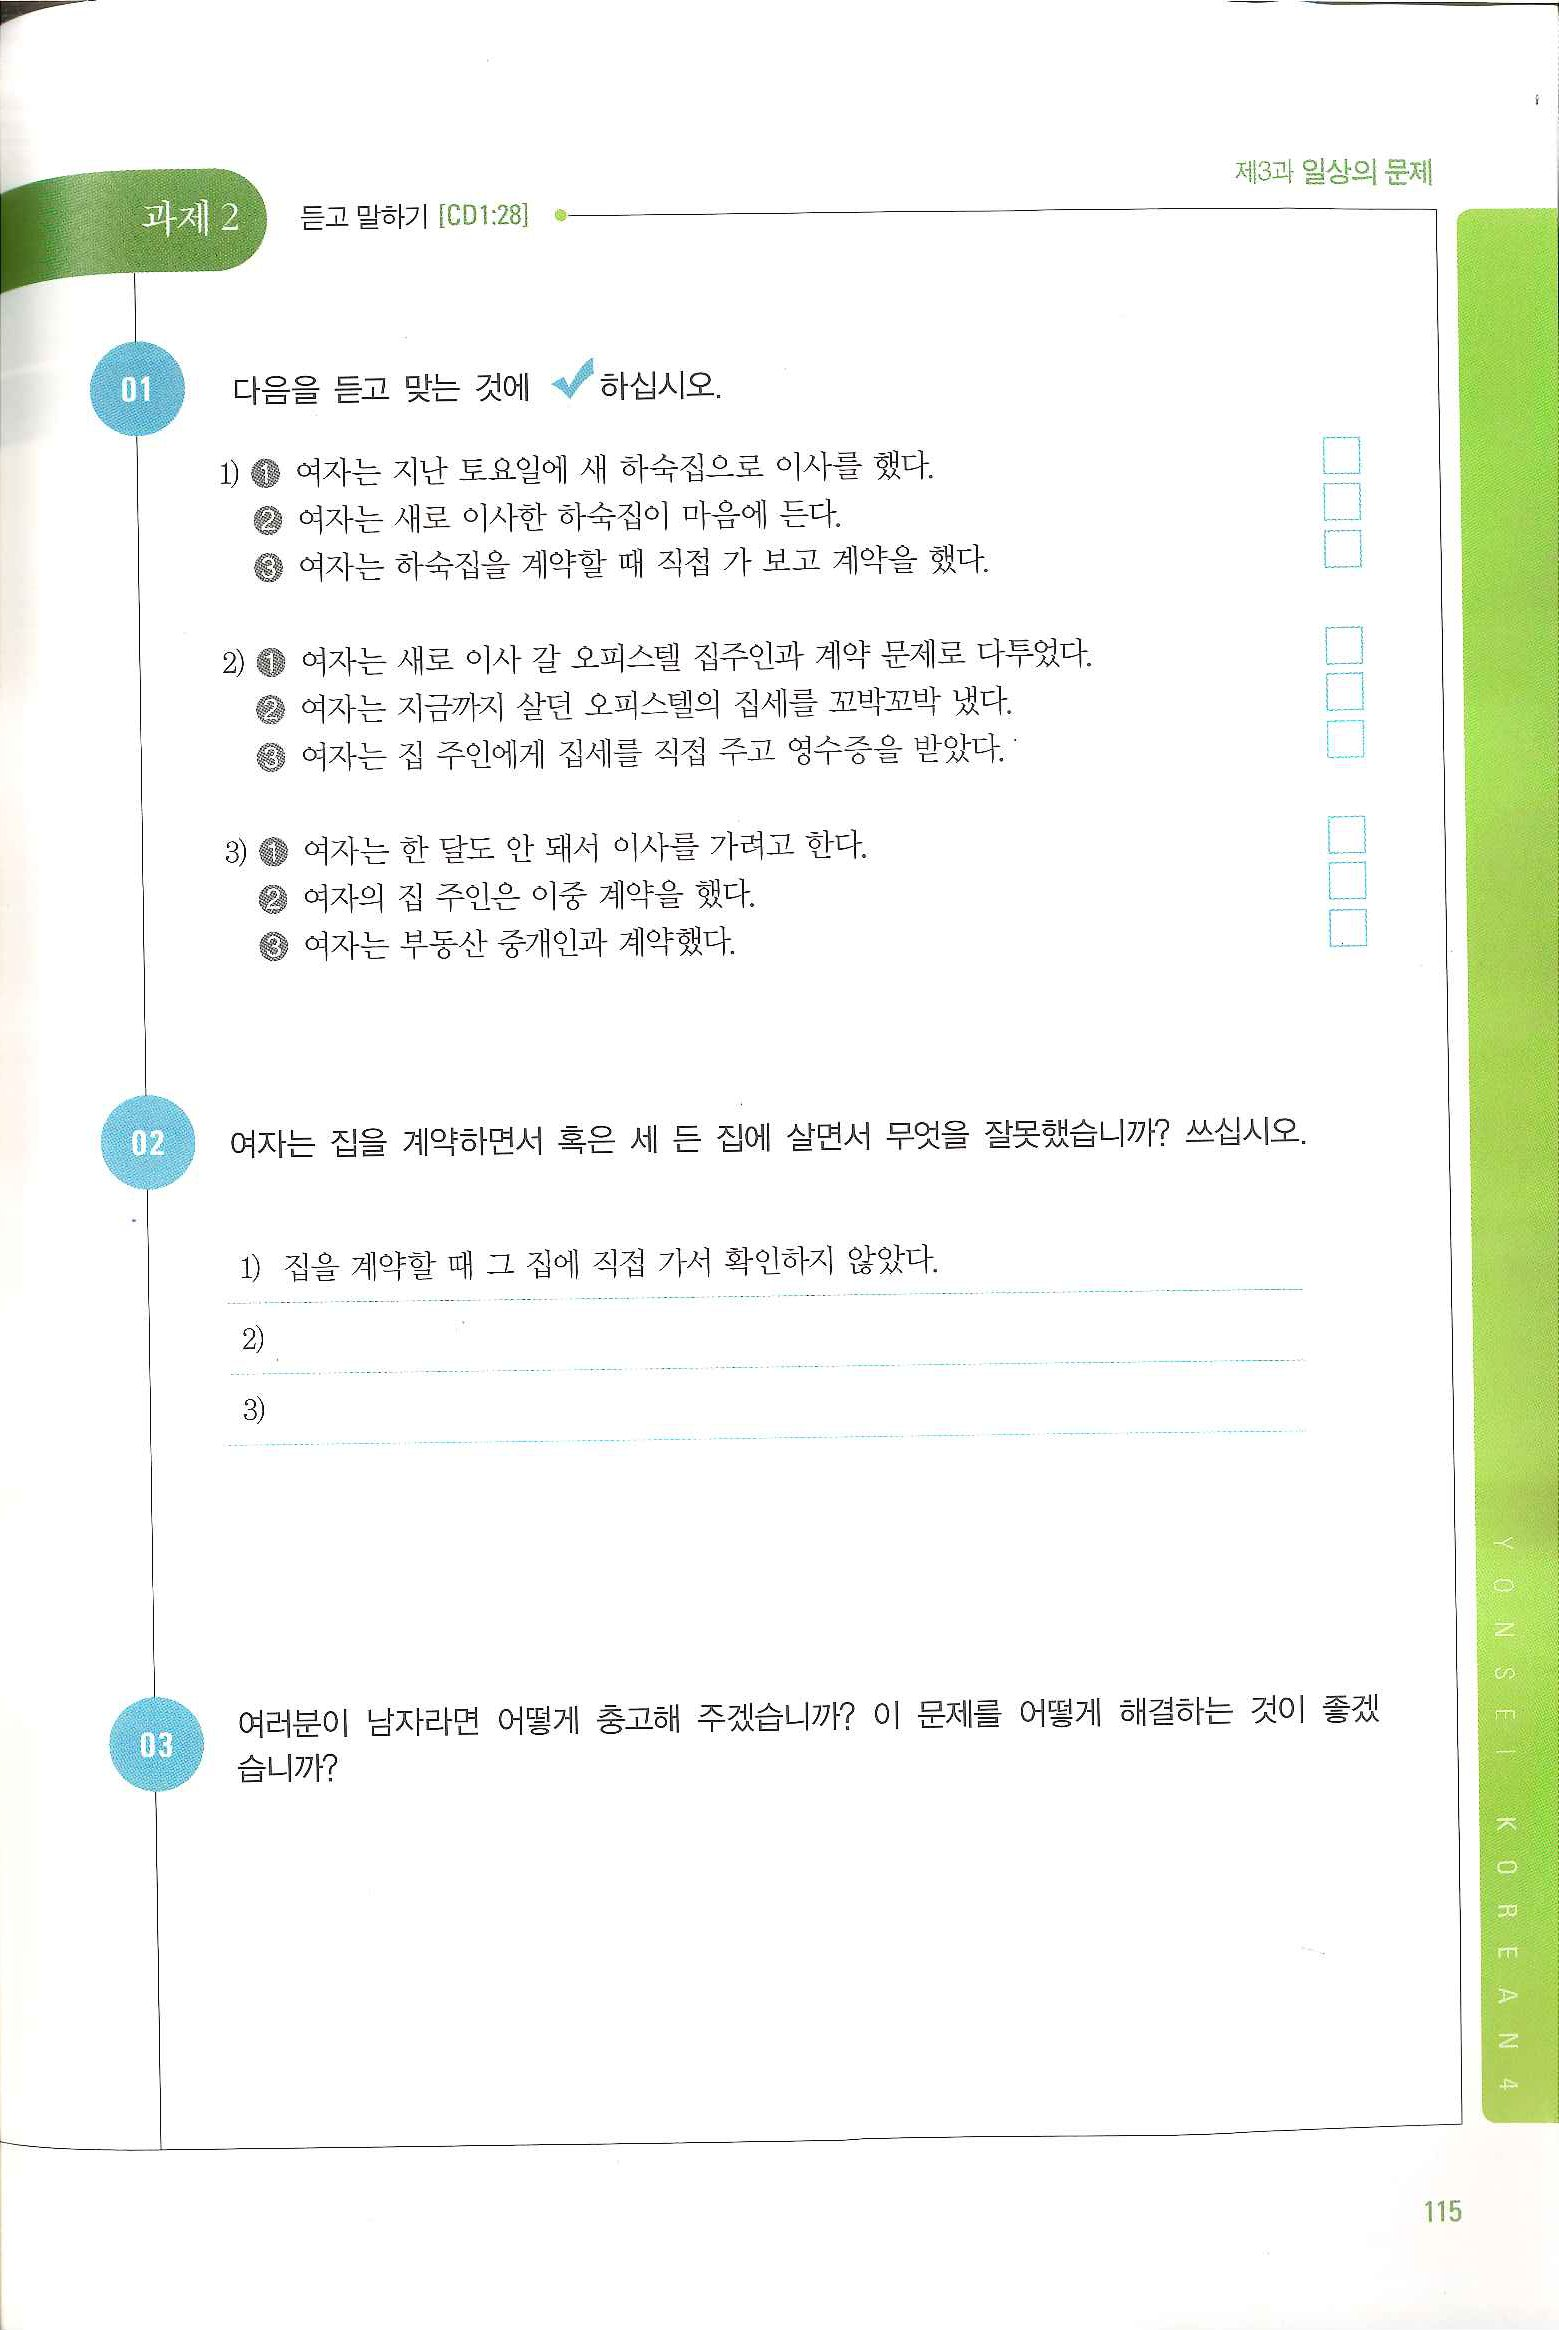
Language: ko